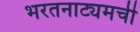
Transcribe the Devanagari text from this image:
भरतनाट्यमची